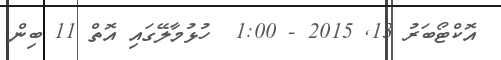
އޮކްޓޯބަރު 13